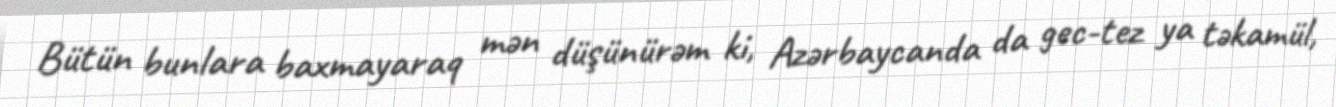
Bütün bunlara baxmayaraq mən düşünürəm ki, Azərbaycanda da gec-tez ya təkamül,